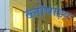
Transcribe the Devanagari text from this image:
ब्लोपाइप